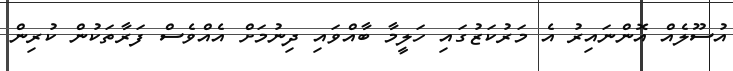
އުސޫލެއް އޮންނައިރު އެ މަރުކަޒުގައި ހަލީމާ ބާއްވައި ދިނުމަށް އެއްވެސް ފަރާތަކުން ކުރިން